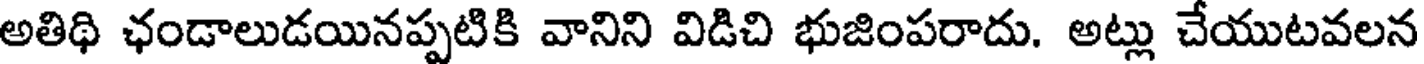
అతిథి ఛండాలుడయినప్పటికి వానిని విడిచి భుజింపరాదు. అట్లు చేయుటవలన